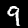
Label: 9